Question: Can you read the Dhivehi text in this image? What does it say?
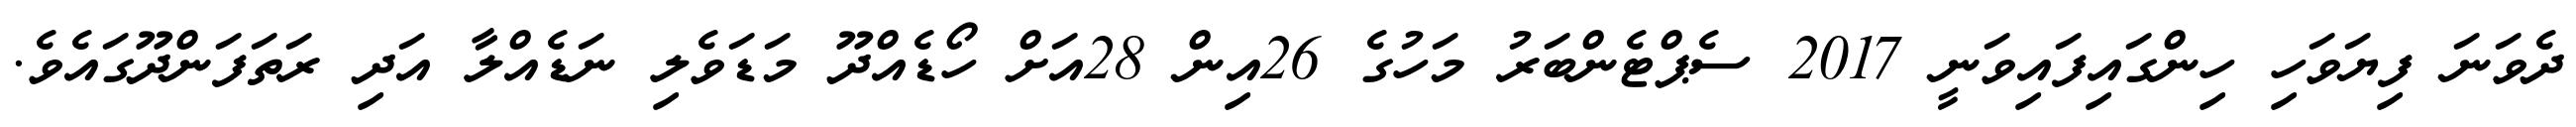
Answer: ދެވަނަ ފިޔަވަހި ހިންގައިފައިވަނީ 2017 ސެޕްޓެންބަރު މަހުގެ 26އިން 28އަށް ހޯޑެއްދޫ މަޑަވެލި ނަޑެއްލާ އަދި ރަތަފަންދޫގައެވެ.